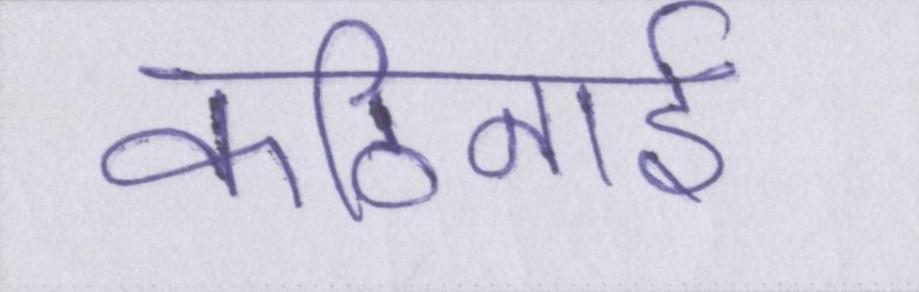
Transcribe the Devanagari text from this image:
कठिनाई